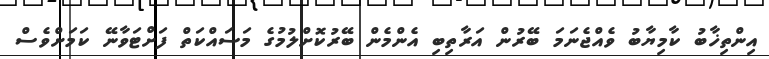
އިންތިޚާބު ކާމިޔާބު ވެއްޖެނަމަ ބޭރުން އަރާތިބި އެންމެން ބޭރުކޮށްލުމުގެ މަސައްކަތް ފަށްޓަވާނޭ ކަމަށްވެސް